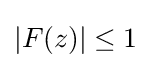
|F(z)|\leq 1